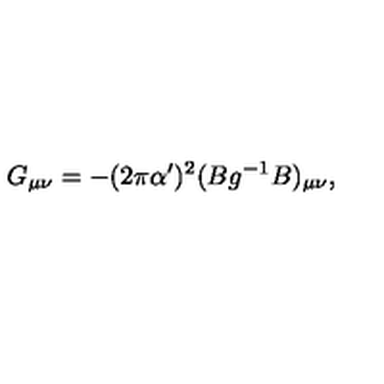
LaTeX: G _ { \mu \nu } = - ( 2 \pi \alpha ^ { \prime } ) ^ { 2 } ( B g ^ { - 1 } B ) _ { \mu \nu } ,